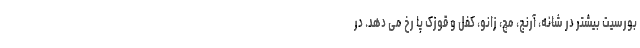
بورسیت بیشتر در شانه، آرنج، مچ، زانو، کفل و قوزک پا رخ می دهد. در